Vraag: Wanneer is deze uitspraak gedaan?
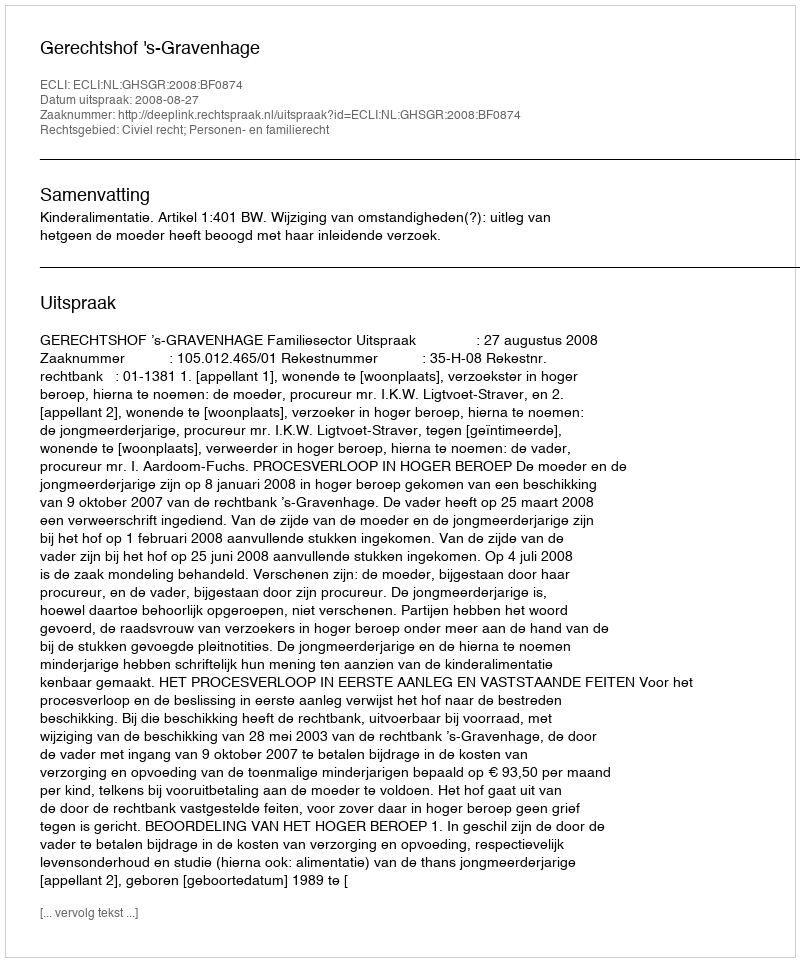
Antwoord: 2008-08-27